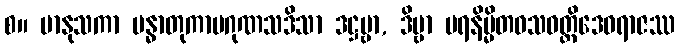
စ။ မာနုသကာ မန္ဓာတုကာမဂုဏသဒိသာ ဒဋ္ဌဗ္ဗာ, ဒိဗ္ဗာ ပရနိမ္မိတဝသဝတ္တိဒေဝရာဇဿ